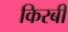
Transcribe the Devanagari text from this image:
किरबी